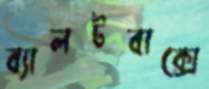
ব্যালটবাক্সে